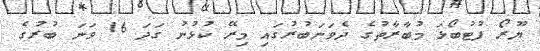
ޔޫރޯ ފުޓުބޯޅަ މުބާރާތުގެ ދެވަނަބުރުގައި މިރޭ ކުޅުނު ގަދަ 16 ވަނަ ބުރުގެ